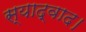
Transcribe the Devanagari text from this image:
स्याद्वाद।